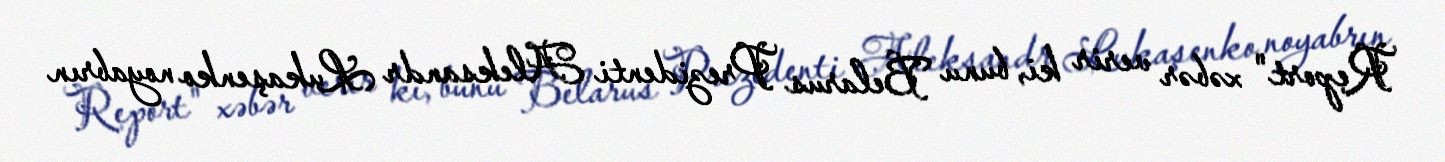
Report" xəbər verir ki, bunu Belarus Prezidenti Aleksandr Lukaşenko noyabrın